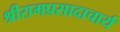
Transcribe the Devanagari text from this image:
श्रीरामप्रसादाचार्य